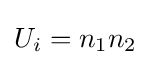
U_{i}=n_{1}n_{2}